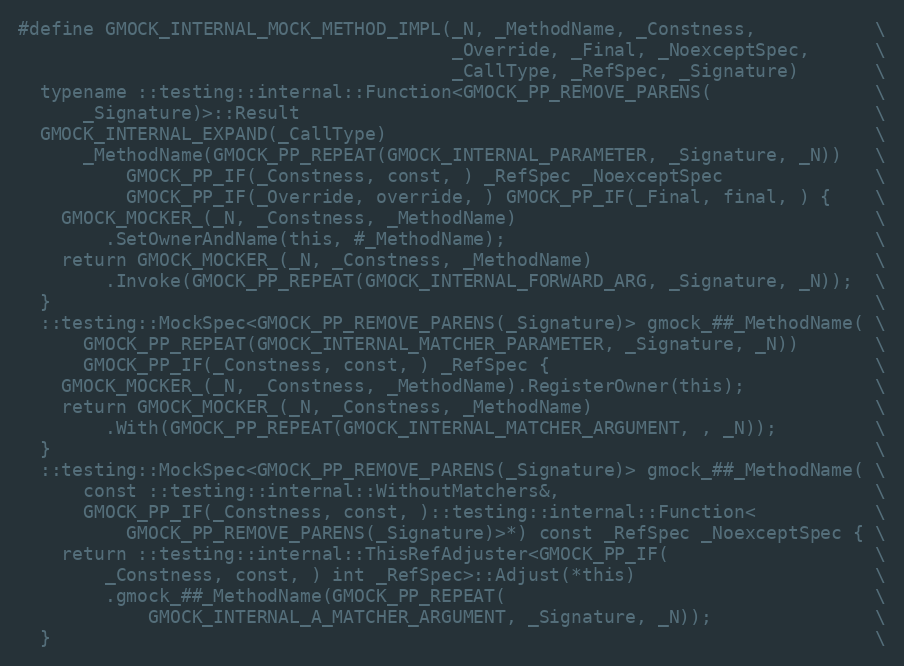
Language: C
#define GMOCK_INTERNAL_MOCK_METHOD_IMPL(_N, _MethodName, _Constness,           \
                                        _Override, _Final, _NoexceptSpec,      \
                                        _CallType, _RefSpec, _Signature)       \
  typename ::testing::internal::Function<GMOCK_PP_REMOVE_PARENS(               \
      _Signature)>::Result                                                     \
  GMOCK_INTERNAL_EXPAND(_CallType)                                             \
      _MethodName(GMOCK_PP_REPEAT(GMOCK_INTERNAL_PARAMETER, _Signature, _N))   \
          GMOCK_PP_IF(_Constness, const, ) _RefSpec _NoexceptSpec              \
          GMOCK_PP_IF(_Override, override, ) GMOCK_PP_IF(_Final, final, ) {    \
    GMOCK_MOCKER_(_N, _Constness, _MethodName)                                 \
        .SetOwnerAndName(this, #_MethodName);                                  \
    return GMOCK_MOCKER_(_N, _Constness, _MethodName)                          \
        .Invoke(GMOCK_PP_REPEAT(GMOCK_INTERNAL_FORWARD_ARG, _Signature, _N));  \
  }                                                                            \
  ::testing::MockSpec<GMOCK_PP_REMOVE_PARENS(_Signature)> gmock_##_MethodName( \
      GMOCK_PP_REPEAT(GMOCK_INTERNAL_MATCHER_PARAMETER, _Signature, _N))       \
      GMOCK_PP_IF(_Constness, const, ) _RefSpec {                              \
    GMOCK_MOCKER_(_N, _Constness, _MethodName).RegisterOwner(this);            \
    return GMOCK_MOCKER_(_N, _Constness, _MethodName)                          \
        .With(GMOCK_PP_REPEAT(GMOCK_INTERNAL_MATCHER_ARGUMENT, , _N));         \
  }                                                                            \
  ::testing::MockSpec<GMOCK_PP_REMOVE_PARENS(_Signature)> gmock_##_MethodName( \
      const ::testing::internal::WithoutMatchers&,                             \
      GMOCK_PP_IF(_Constness, const, )::testing::internal::Function<           \
          GMOCK_PP_REMOVE_PARENS(_Signature)>*) const _RefSpec _NoexceptSpec { \
    return ::testing::internal::ThisRefAdjuster<GMOCK_PP_IF(                   \
        _Constness, const, ) int _RefSpec>::Adjust(*this)                      \
        .gmock_##_MethodName(GMOCK_PP_REPEAT(                                  \
            GMOCK_INTERNAL_A_MATCHER_ARGUMENT, _Signature, _N));               \
  }                                                                            \